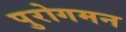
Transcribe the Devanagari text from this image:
पुरोगमन